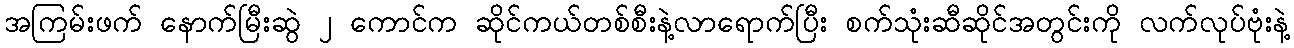
အကြမ်းဖက် နောက်မြီးဆွဲ ၂ ကောင်က ဆိုင်ကယ်တစ်စီးနဲ့လာရောက်ပြီး စက်သုံးဆီဆိုင်အတွင်းကို လက်လုပ်ဗုံးနဲ့